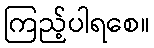
ကြည့်ပါရစေ။